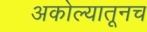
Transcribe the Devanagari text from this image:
अकोल्यातूनच